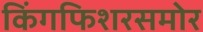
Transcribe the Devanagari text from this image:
किंगफिशरसमोर